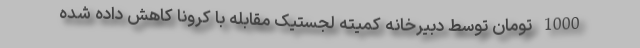
1000 تومان توسط دبیرخانه کمیته لجستیک مقابله با کرونا کاهش داده شده